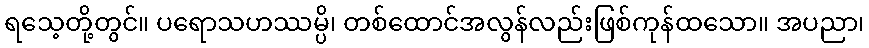
ရသေ့တို့တွင်။ ပရောသဟဿမ္ပိ၊ တစ်ထောင်အလွန်လည်းဖြစ်ကုန်ထသော။ အပညာ၊